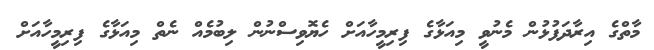
މާތްގެ އިރާދަފުޅުން މެނުވީ މިއަޅާގެ ފިރިމީހާއަށް ހެޔޮވިސްނުން ލިބުމެއް ނެތް މިއަޅާގެ ފިރިމީހާއަށް